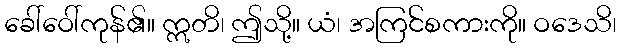
ခေါ်ဝေါ်ကုန်၏။ ဣတိ၊ ဤသို့။ ယံ၊ အကြင်စကားကို။ ဝဒေသိ၊